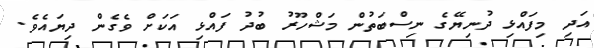
އަދި މިފައްޅި ދުނިޔޭގެ ނިސްބަތުން މަޝްހޫރު ބުދު ފައްޅި އަކަށް ވެގެން ދިޔައެވެ.